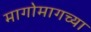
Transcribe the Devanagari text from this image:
मागोमागच्या